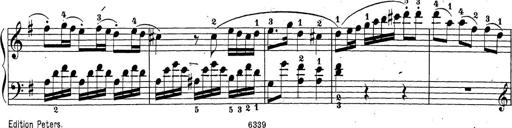
Title: Sonatina Album
Composer: Louis KÃ¶hler